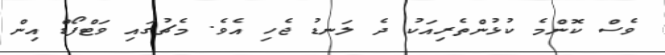
ވެސް ކޮންމެ ކުޅުންތެރިއަކު ދެ ލަނޑު ޖެހި އެވެ. މެޗުގައި ވަޓްފޯޑް އިން